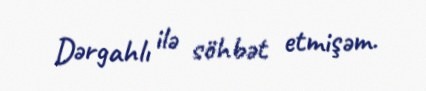
Dərgahlı ilə söhbət etmişəm.